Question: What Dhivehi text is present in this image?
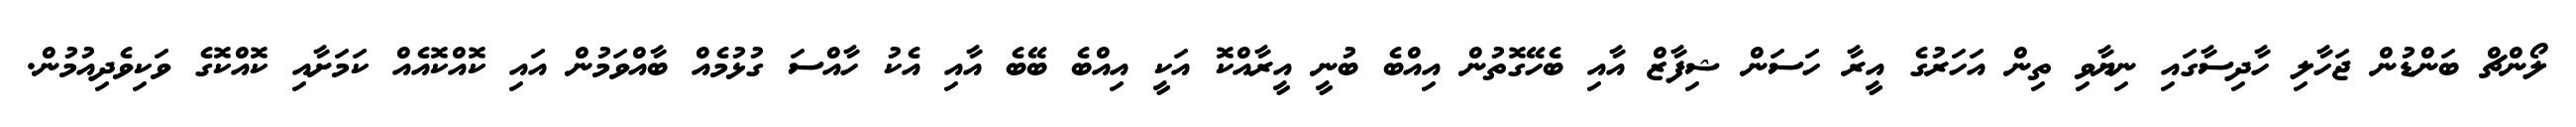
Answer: ލޯންޗް ބަންޑުން ޖަހާލި ހާދިސާގައި ނިޔާވި ތިން އަހަރުގެ އީރާ ހަސަން ޝިފާޒް އާއި ބެހޭގޮތުން އިއްބެ ބުނީ އީރާއްކޮ އަކީ އިއްބެ ބޭބެ އާއި އެކު ހާއްސަ ގުޅުމެއް ބާއްވަމުން އައި ކޮއްކޮއެއް ކަމަށާއި ކޮއްކޮގެ ވަކިވެދިއުމުން.